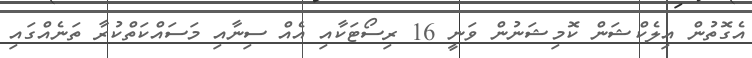
އެގޮތުން އިލެކްޝަން ކޮމިޝަނުން ވަނީ 16 ރިސޯޓަކާއި އެއް ސިނާއި މަސައްކަތްކުރާ ތަނެއްގައި